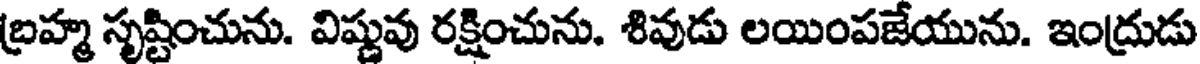
బ్రహ్మ సృష్టించును. విష్ణువు రక్షించును. శివుడు లయింపజేయును. ఇంద్రుడు